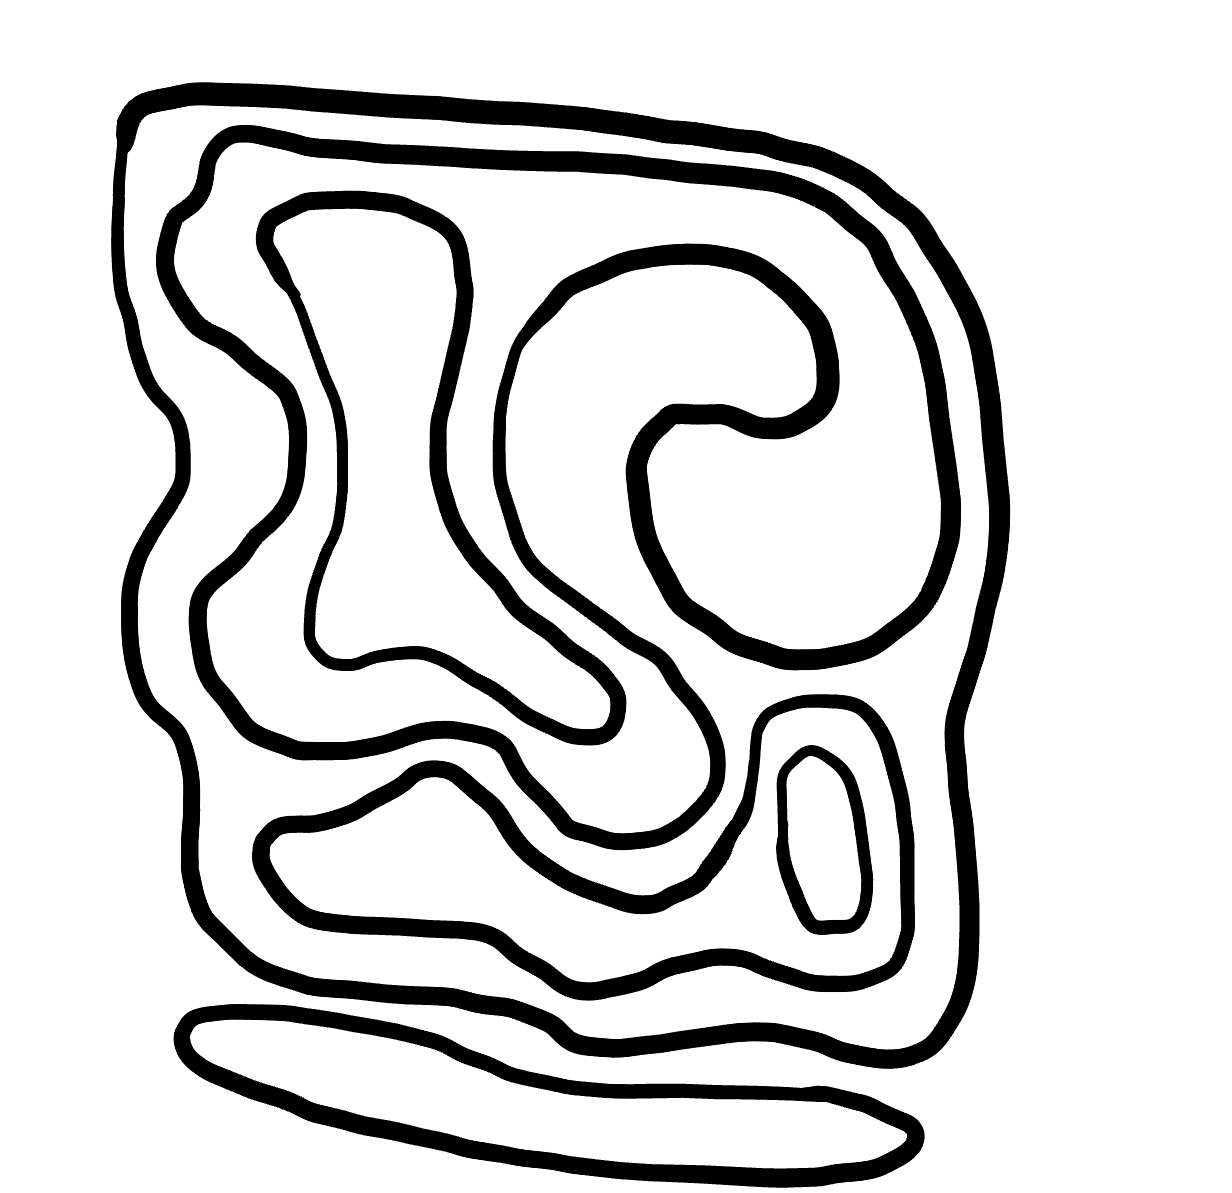
Number of regions (including the outer root region): 7
Containment tree edges (parent, child): 0, 1, 0, 2, 2, 3, 2, 5, 3, 4, 5, 6